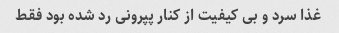
غذا سرد و بی کیفیت از کنار پپرونی رد شده بود فقط